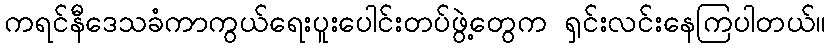
ကရင်နီဒေသခံကာကွယ်ရေးပူးပေါင်းတပ်ဖွဲ့တွေက ရှင်းလင်းနေကြပါတယ်။